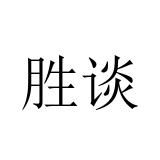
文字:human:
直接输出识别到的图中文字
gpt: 胜谈